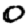
Digit: 0